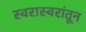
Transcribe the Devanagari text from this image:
स्वरास्वरांतून